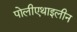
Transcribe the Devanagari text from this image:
पोलीएथाइलीन